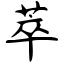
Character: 萃